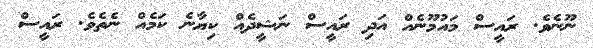
ނޫނެވެ. ރައީސް މައުމޫނެއް އަދި ރައީސް ނަޝީދެއް ކިޔާނެ ކަމެއް ނެތެވެ. ރައީސް